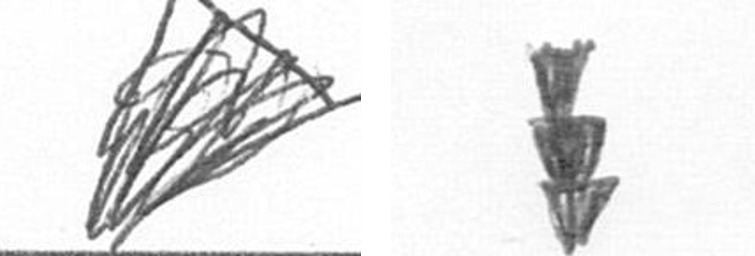
O E